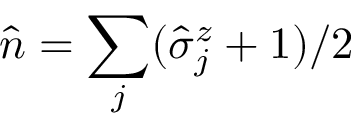
\hat { n } = \sum _ { j } ( \hat { \sigma } _ { j } ^ { z } + 1 ) / 2